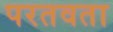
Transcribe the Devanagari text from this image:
परतवता